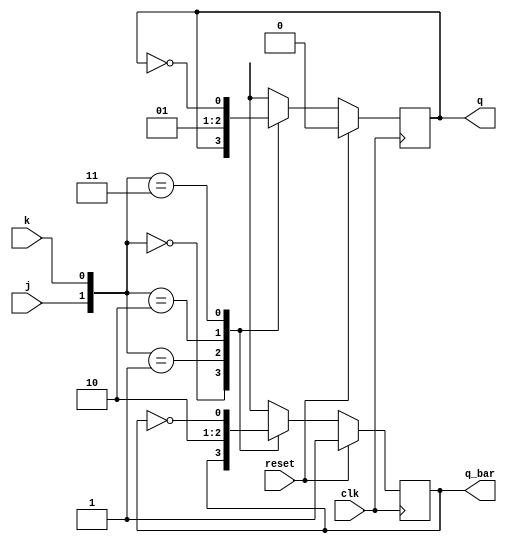
module JK_ff(j,k,clk,reset,q,q_bar);
 
input j,k,clk,reset;
output q,q_bar;
 
wire j,k,clk,reset;
reg q,q_bar;
 
always @(posedge clk) begin
 
if(reset) begin
q=1'b0;
q_bar=1'b1;
 
end else begin
 
case({j,k})
{1'b0,1'b0}: begin q=q;q_bar=q_bar; end
{1'b0,1'b1}: begin q=1'b0;q_bar=1'b1; end
{1'b1,1'b0}: begin q=1'b1;q_bar=1'b0; end
{1'b1,1'b1}: begin q=~q; q_bar=~q_bar; end
endcase
 
end
 
end
 
endmodule